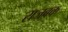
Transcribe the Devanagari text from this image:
राजबक